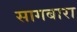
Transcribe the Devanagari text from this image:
सागबारा